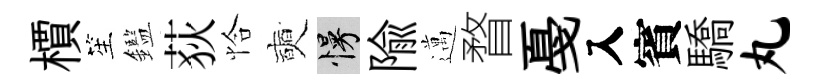
檟笙鑑荻恰奭慢隃邁瞀戞入賓驕丸